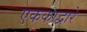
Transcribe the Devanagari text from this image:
एककाद्वारे